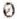
0